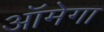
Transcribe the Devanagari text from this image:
ऑमेगा